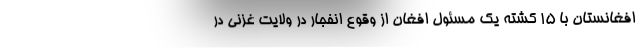
افغانستان با ۱۵ کشته یک مسئول افغان از وقوع انفجار در ولایت غزنی در